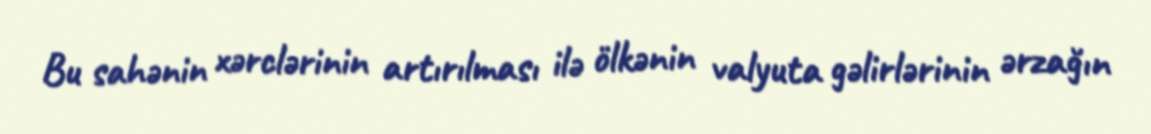
Bu sahənin xərclərinin artırılması ilə ölkənin valyuta gəlirlərinin ərzağın